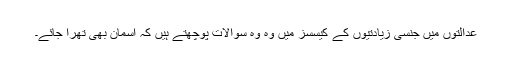
عدالتوں میں جنسی زیادتیوں کے کیسسز میں وہ وہ سوالات پوچھتے ہیں کہ آسمان بھی تھرا جائے۔